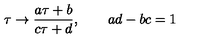
\tau \rightarrow \frac { a \tau + b } { c \tau + d } , \qquad a d - b c = 1